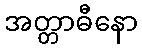
အတ္တာဓီနော